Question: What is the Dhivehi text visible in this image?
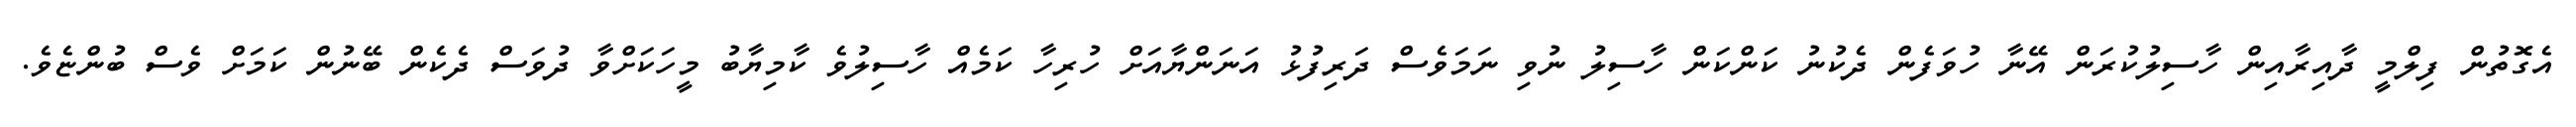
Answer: އެގޮތުން ފިލްމީ ދާއިރާއިން ހާސިލުކުރަން އޭނާ ހުވަފެން ދެކުނު ކަންކަން ހާސިލު ނުވި ނަމަވެސް ދަރިފުޅު އަނަންޔާއަށް ހުރިހާ ކަމެއް ހާސިލުވެ ކާމިޔާބު މީހަކަށްވާ ދުވަސް ދެކެން ބޭނުން ކަމަށް ވެސް ބުންޏެވެ.